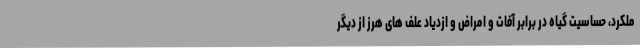
ملکرد، حساسیت گیاه در برابر آفات و امراض و ازدیاد علف های هرز از دیگر